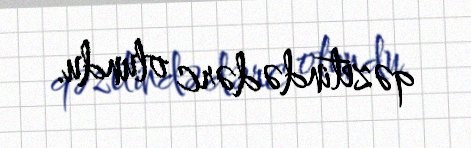
qəzetində dərc olundu.